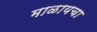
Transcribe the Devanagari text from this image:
माळायचा